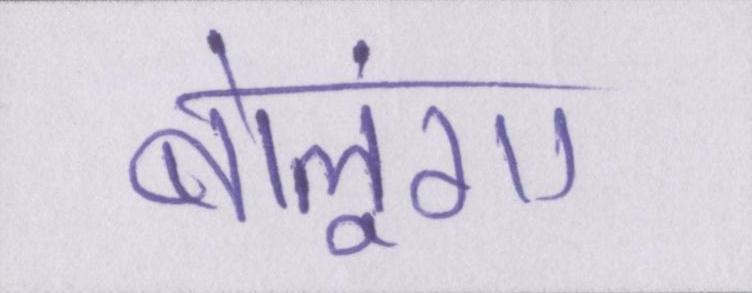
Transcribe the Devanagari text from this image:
बोलूंगा